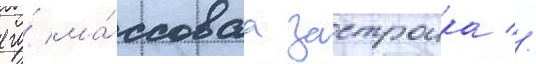
его́ ма́ссоваа застроика //